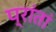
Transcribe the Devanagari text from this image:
प्रांतां